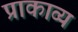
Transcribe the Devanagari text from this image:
प्राकाव्य